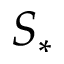
S _ { * }